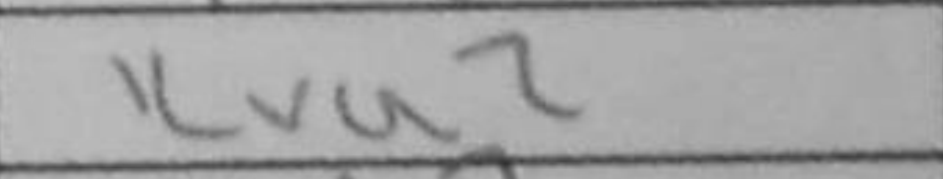
Transcription: Kxa2